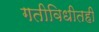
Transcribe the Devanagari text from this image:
गतीविधीतही